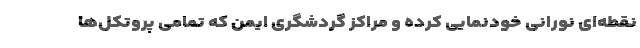
نقطه‌ای نورانی خودنمایی کرده و مراکز گردشگری ایمن که تمامی پروتکل‌ها